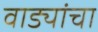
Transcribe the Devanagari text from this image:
वाड्यांचा